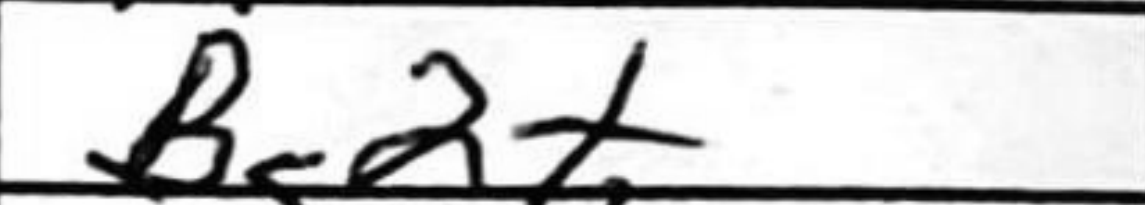
Transcription: Bc2+